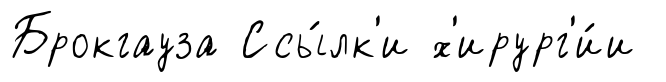
Брокгауза Ссы́лк'и х'ирург'и́и